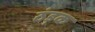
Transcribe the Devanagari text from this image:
ठंड़क